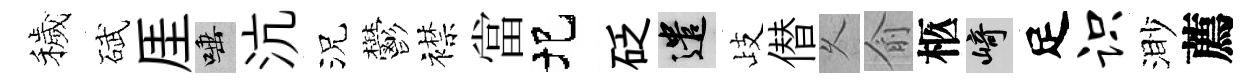
穢碔厓唾沆況鬱襟當圯砭遣歧僣乆俞柩崎足识渺薦